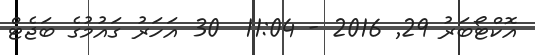
އޮކްޓޯބަރު 29